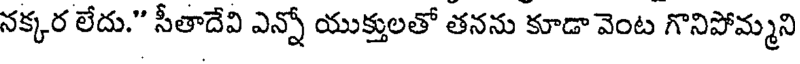
నక్కర లేదు." సీతాదేవి ఎన్నో యుక్తులతో తనను కూడా వెంట గొనిపోమ్మని